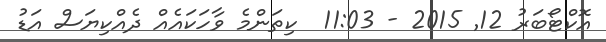
އޮކްޓޯބަރު 12